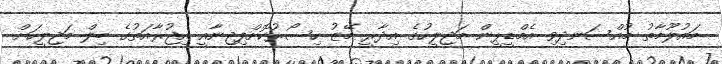
މައުލޫމާތު މުއްސަނދިވި އެމްޑީޕީން މަޖިލީހުގެ އިދާރީ މޭޒު ހިސޯރުކޮށްފިޖިނާއީ އިޖުރާއަތުގެ ބިލް މަޖިލީހަށް